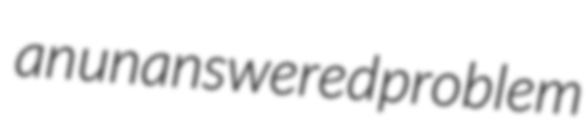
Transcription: an unanswered problem